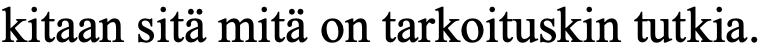
kitaan sitä mitä on tarkoituskin tutkia.